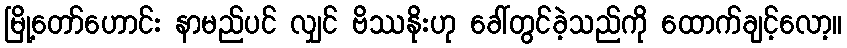
မြို့တော်ဟောင်း နာမည်ပင် လျှင် ဗိဿနိုးဟု ခေါ်တွင်ခဲ့သည်ကို ထောက်ချင့်လော့။